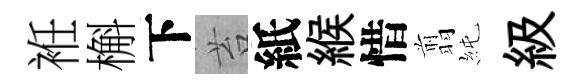
袵槲下苔紙緱惜翦純級